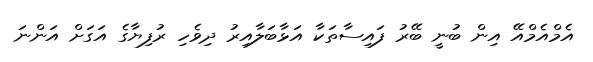
އެމްއެމްއޭ އިން ބުނީ ބޭރު ފައިސާތަކާ އަޅާބަލާއިރު ދިވެހި ރުފިޔާގެ އަގަށް އަންނަ